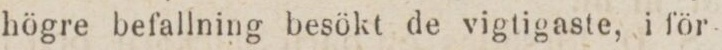
högre befallning besökt de vigtigaste, i för-